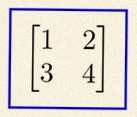
\begin{bmatrix}1&2\\3&4\end{bmatrix}